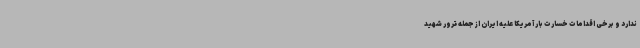
ندارد و برخی اقدامات خسارت بار آمریکا علیه ایران از جمله ترور شهید